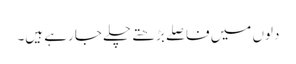
دلوں میں فاصلے بڑھتے چلے جا رہے ہیں۔